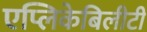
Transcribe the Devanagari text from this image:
एप्लिकेबिलीटी